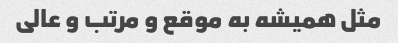
مثل همیشه به موقع و مرتب و عالی